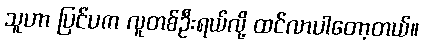
သူဟာ ပြင်ပက လူတစ်ဦးရယ်လို့ ထင်လာပါတော့တယ်။